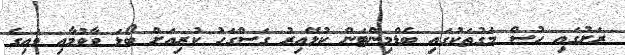
ރަށުގައި ހުސް މަގުތަކުގައި ބެޑްމިންޓަން ކުޅޭއިރު ގަސްގަހު ކުރިއަށް ބޯޅަ ވާވުމާއި ވައިގެ